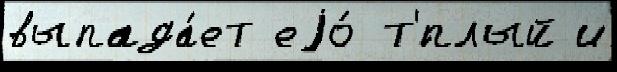
выпада́ет еjо́ т'́плый и